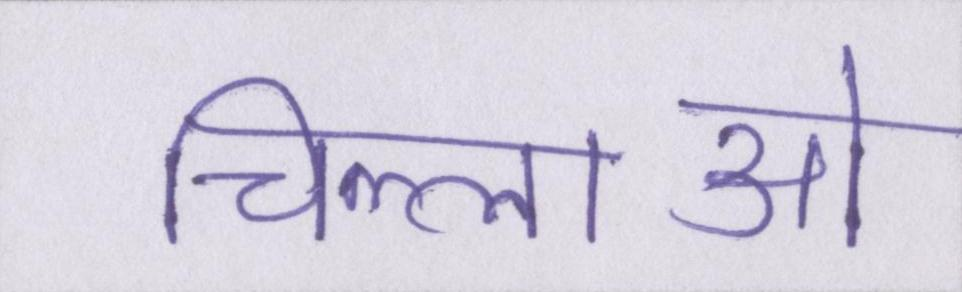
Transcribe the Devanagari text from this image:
चिल्लाओ